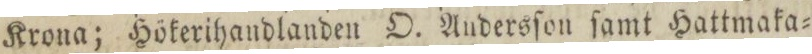
Krona; Hökerihandlanden O. Andersſon ſamt Hattmaka=